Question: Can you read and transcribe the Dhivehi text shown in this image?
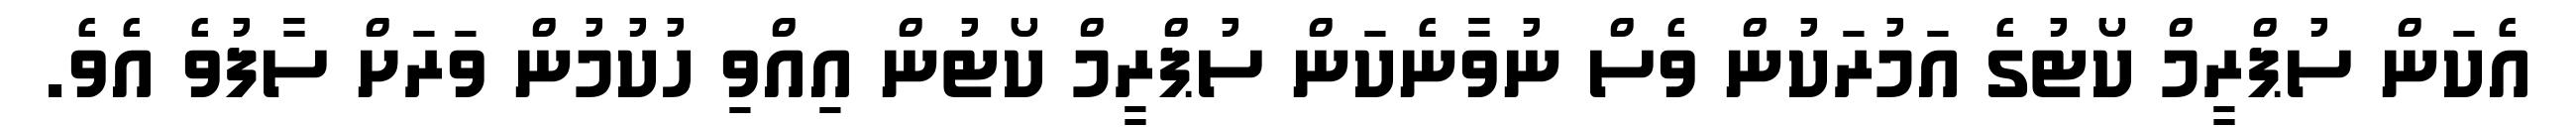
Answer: އެކަން ސުޕްރީމް ކޯޓުގެ އަމުރަކުން ވެސް ނުވާނެކަން ސުޕްރީމް ކޯޓުން އިއްވި ހުކުމުން ވަރަށް ސާފުވެ އެވެ.